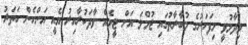
ވިދާޅުވީ މިފަހަރުގެ މުބާރާތުގައި ޖުމްލަ އަށް ޓީމެއް ވާދަކުރާއިރު އެއީ އަންހެން ހަތަރު